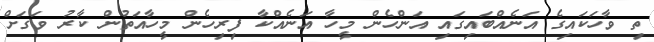
ތި ވާހަކައިގެ އަނެއްބައިގައި އަންހެން މީހާ އަނެއްކާ ފިރިހެން މީހާއަތުން ކާރު ވަގަށް